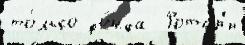
то́лько фо́нда  Ротар'и